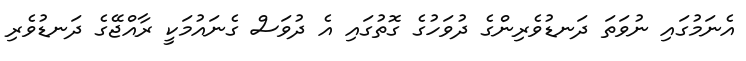
އެނަމުގައި ނުވަތަ ދަނޑުވެރިންގެ ދުވަހުގެ ގޮތުގައި އެ ދުވަސް ގެނައުމަކީ ރާއްޖޭގެ ދަނޑުވެރި